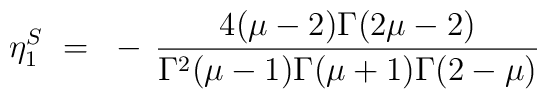
\eta^S_1 ~=~ - \, \frac{4(\mu-2)\Gamma(2\mu-2)}{\Gamma^2(\mu-1)\Gamma(\mu+1)\Gamma(2-\mu)}